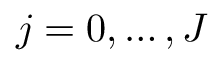
j = 0 , \dots , J